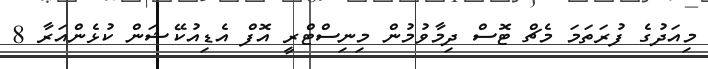
މިއަދުގެ ފުރަތަމަ މެޗް ޓޮސް ދިމާވުމުން މިނިސްޓްރީ އޮފް އެޑިއުކޭޝަން ކުޅެންއަރާ 8